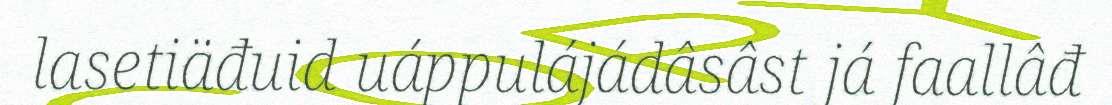
lasetiäđuid uáppulájádâsâst já faallâđ